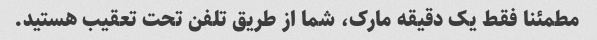
مطمئنا فقط یک دقیقه مارک، شما از طریق تلفن تحت تعقیب هستید.